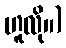
ဟူလို။)